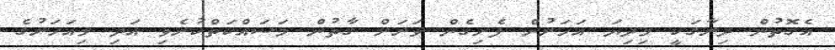
އެގޮތުން ދިރާގަކީ މިދިޔަ އަހަރުން ފެށިގެން ވަރަށް ގާތުން މަސައްކަތްކުރެވި އަދި މިއަހަރުގެ